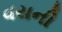
વયની